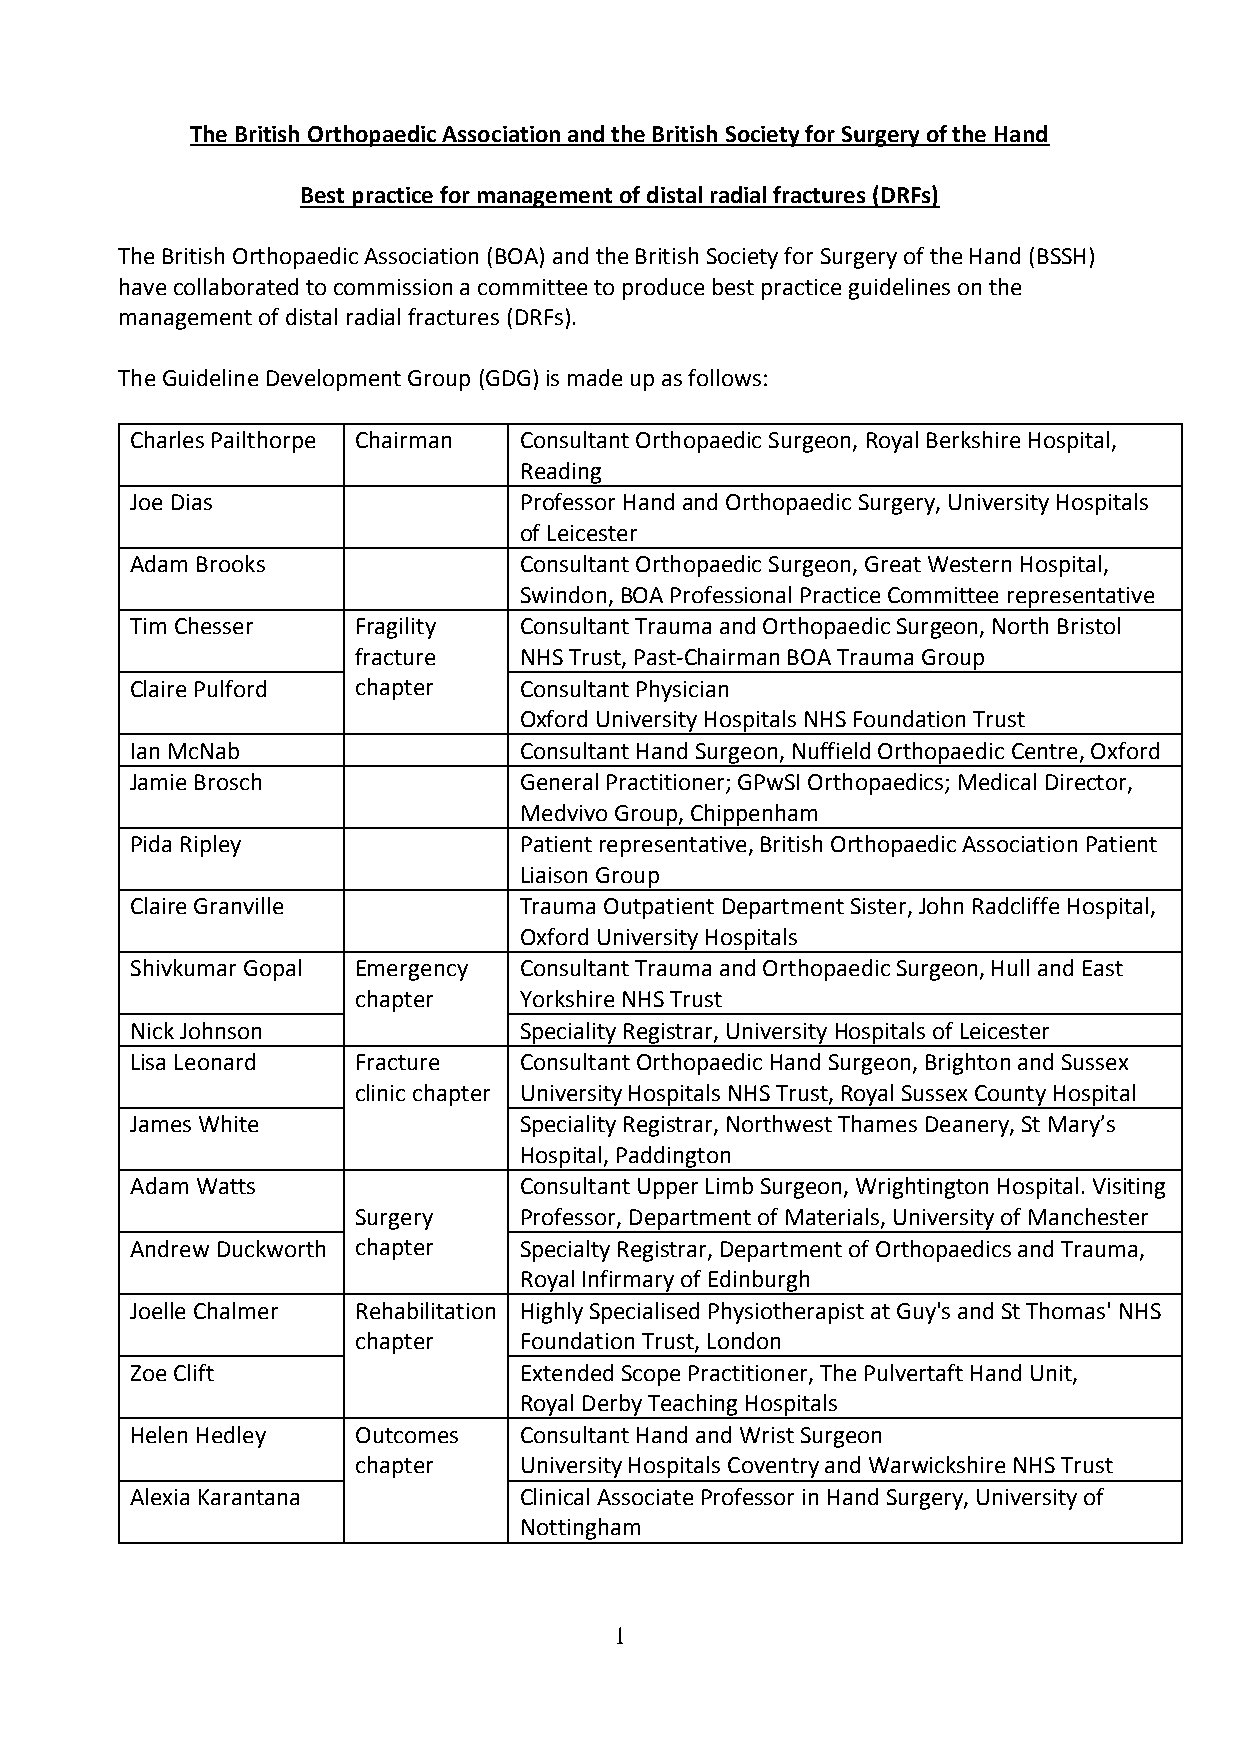
The British Orthopaedic Association and the British Society for Surgery of the Hand
 Best practice for management of distal radial fractures (DRFs)
 The British Orthopaedic Association (BOA) and the British Society for Surgery of the Hand (BSSH)
 have collaborated to commission a committee to produce best practice guidelines on the
 management of distal radial fractures (DRFs).
 The Guideline Development Group (GDG) is made up as follows:
 Charles Pailthorpe Chairman Consultant Orthopaedic Surgeon, Royal Berkshire Hospital,
 Reading
 Joe Dias                 Professor Hand and Orthopaedic Surgery, University Hospitals
 of Leicester
 Adam Brooks              Consultant Orthopaedic Surgeon, Great Western Hospital,
 Swindon, BOA Professional Practice Committee representative
 Tim Chesser    Fragility Consultant Trauma and Orthopaedic Surgeon, North Bristol
 fracture  NHS Trust, Past-Chairman BOA Trauma Group
 Claire Pulford chapter   Consultant Physician
 Oxford University Hospitals NHS Foundation Trust
 Ian McNab                Consultant Hand Surgeon, Nuffield Orthopaedic Centre, Oxford
 Jamie Brosch             General Practitioner; GPwSI Orthopaedics; Medical Director,
 Medvivo Group, Chippenham
 Pida Ripley              Patient representative, British Orthopaedic Association Patient
 Liaison Group
 Claire Granville         Trauma Outpatient Department Sister, John Radcliffe Hospital,
 Oxford University Hospitals
 Shivkumar Gopal Emergency Consultant Trauma and Orthopaedic Surgeon, Hull and East
 chapter   Yorkshire NHS Trust
 Nick Johnson             Speciality Registrar, University Hospitals of Leicester
 Lisa Leonard   Fracture  Consultant Orthopaedic Hand Surgeon, Brighton and Sussex
 clinic chapter University Hospitals NHS Trust, Royal Sussex County Hospital
 James White              Speciality Registrar, Northwest Thames Deanery, St Mary’s
 Hospital, Paddington
 Adam Watts               Consultant Upper Limb Surgeon, Wrightington Hospital. Visiting
 Surgery   Professor, Department of Materials, University of Manchester
 Andrew Duckworth chapter Specialty Registrar, Department of Orthopaedics and Trauma,
 Royal Infirmary of Edinburgh
 Joelle Chalmer Rehabilitation Highly Specialised Physiotherapist at Guy's and St Thomas' NHS
 chapter   Foundation Trust, London
 Zoe Clift                Extended Scope Practitioner, The Pulvertaft Hand Unit,
 Royal Derby Teaching Hospitals
 Helen Hedley   Outcomes  Consultant Hand and Wrist Surgeon
 chapter   University Hospitals Coventry and Warwickshire NHS Trust
 Alexia Karantana         Clinical Associate Professor in Hand Surgery, University of
 Nottingham
 1